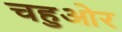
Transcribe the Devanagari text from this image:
चहुओर